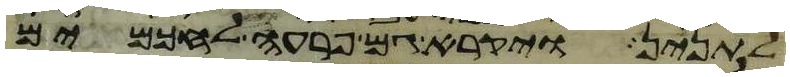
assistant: לתנין ויקרא גם פרעה לחכמים